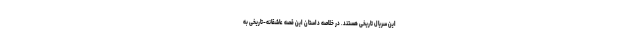
این سریال تاریخی هستند. در خلاصه داستان این قصه عاشقانه-تاریخی به